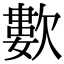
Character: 𣤋